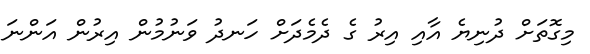
މިގޮތަށް ދުނިޔެ އާއި އިރު ގެ ދެމެދަށް ހަނދު ވަނުމުން އިރުން އަންނަ